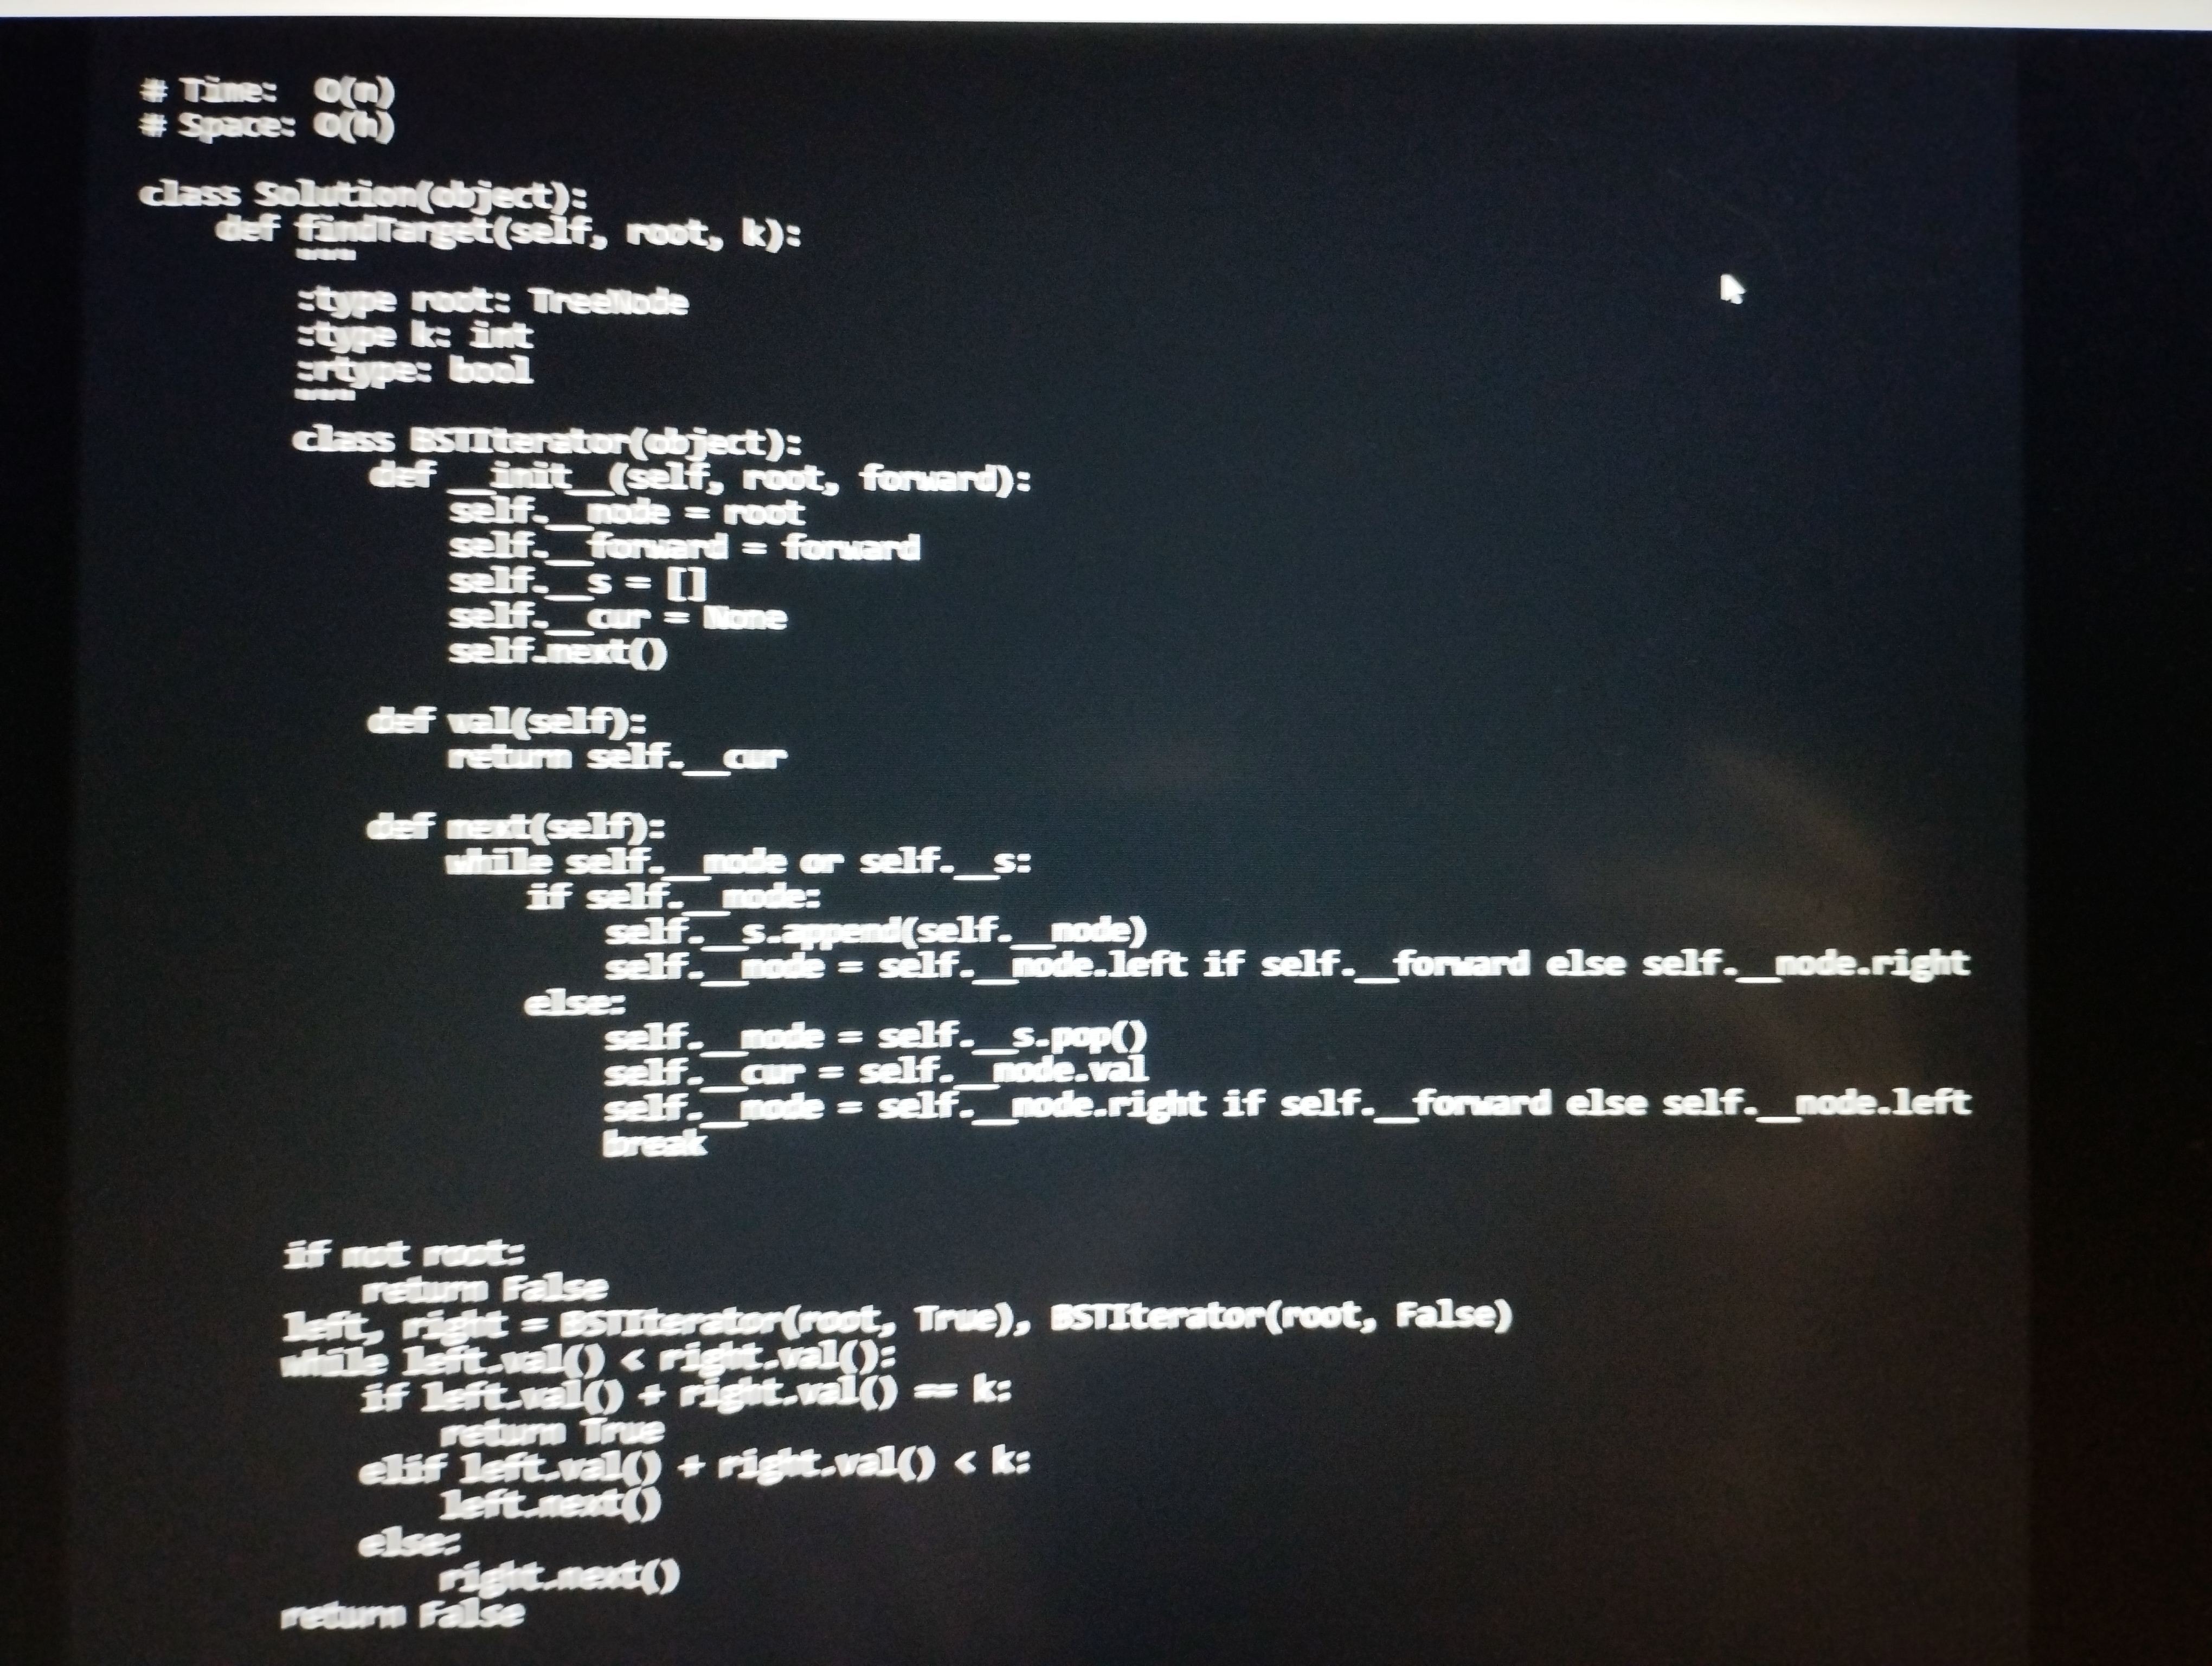
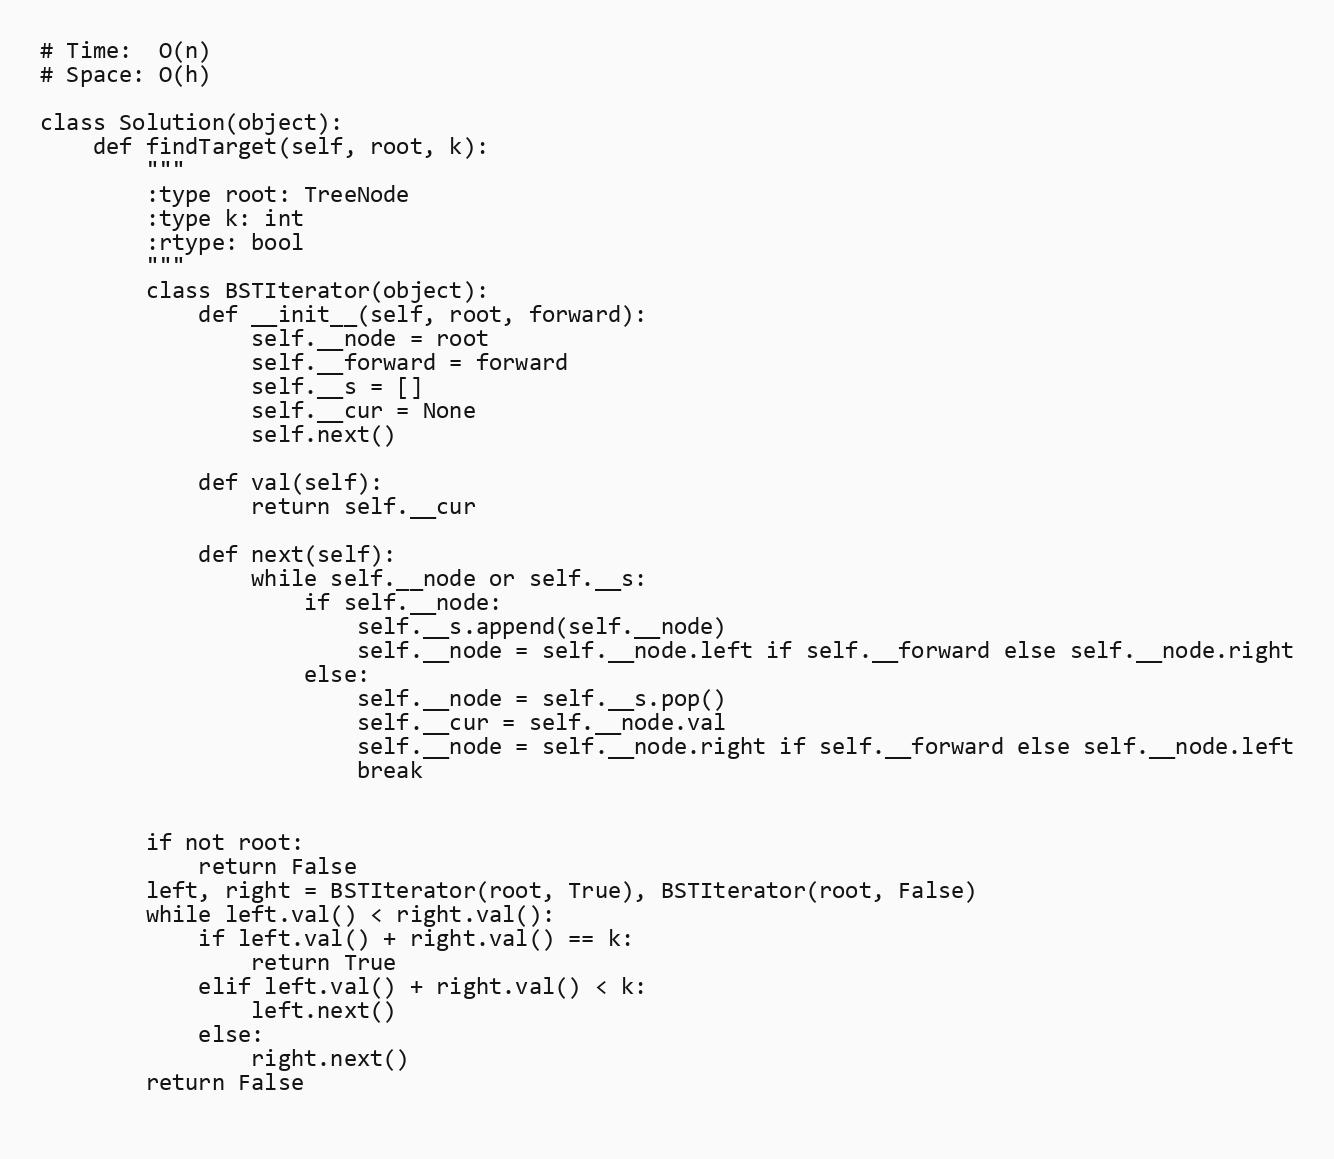
# Time:  O(n)
# Space: O(h)

class Solution(object):
    def findTarget(self, root, k):
        """
        :type root: TreeNode
        :type k: int
        :rtype: bool
        """
        class BSTIterator(object):
            def __init__(self, root, forward):
                self.__node = root
                self.__forward = forward
                self.__s = []
                self.__cur = None
                self.next()

            def val(self):
                return self.__cur

            def next(self):
                while self.__node or self.__s:
                    if self.__node:
                        self.__s.append(self.__node)
                        self.__node = self.__node.left if self.__forward else self.__node.right
                    else:
                        self.__node = self.__s.pop()
                        self.__cur = self.__node.val
                        self.__node = self.__node.right if self.__forward else self.__node.left
                        break

        if not root:
            return False
        left, right = BSTIterator(root, True), BSTIterator(root, False)
        while left.val() < right.val():
            if left.val() + right.val() == k:
                return True
            elif left.val() + right.val() < k:
                left.next()
            else:
                right.next()
        return False